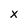
Character: x